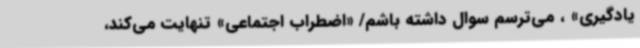
یادگیری» ، می‌ترسم سوال داشته باشم/ «اضطراب اجتماعی» تنهایت می‌کند،